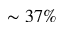
\sim 3 7 \%